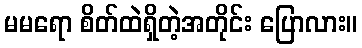
မမရော စိတ်ထဲရှိတဲ့အတိုင်း ပြောလား။